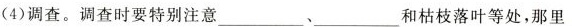
(4)调查。调查时要特别注意___、___和枯枝落叶等处，那里